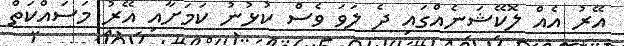
އޭރު އެއް ލޮކޭޝަނެއްގައި ދެ ލަވަ ވެސް ކުޅުނު ކަމަށާއި އޭރު މަސައްކަތް